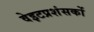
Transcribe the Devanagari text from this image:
वेइटप्रशंसकों